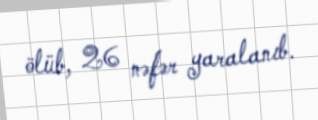
ölüb, 26 nəfər yaralanıb.